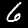
Digit: 6